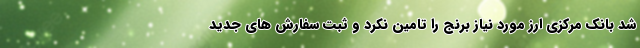
شد بانک مرکزی ارز مورد نیاز برنج را تامین نکرد و ثبت سفارش های جدید